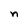
Character: n